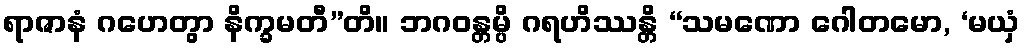
ရာဇာနံ ဂဟေတွာ နိက္ခမတီ”တိ။ ဘဂဝန္တမ္ပိ ဂရဟိဿန္တိ “သမဏော ဂေါတမော, ‘မယှံ